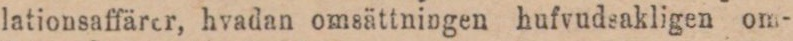
lationsaffärer, hvadan omsättningen hufvudsakligen om-